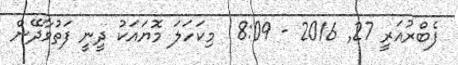
ފެބްރުއަރީ 27